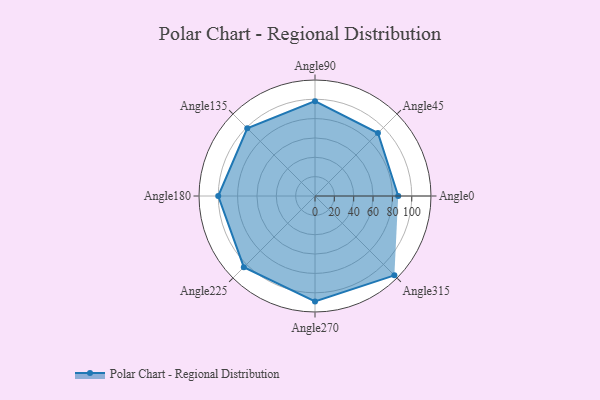
{"axis": {"x": "Angle", "y": "Radius"}, "legend": [""], "data": [{"x": "Angle0", "y": 86.0, "type": ""}, {"x": "Angle45", "y": 92.0, "type": ""}, {"x": "Angle90", "y": 98.0, "type": ""}, {"x": "Angle135", "y": 99.0, "type": ""}, {"x": "Angle180", "y": 100.0, "type": ""}, {"x": "Angle225", "y": 104.0, "type": ""}, {"x": "Angle270", "y": 109.0, "type": ""}, {"x": "Angle315", "y": 116.0, "type": ""}]}